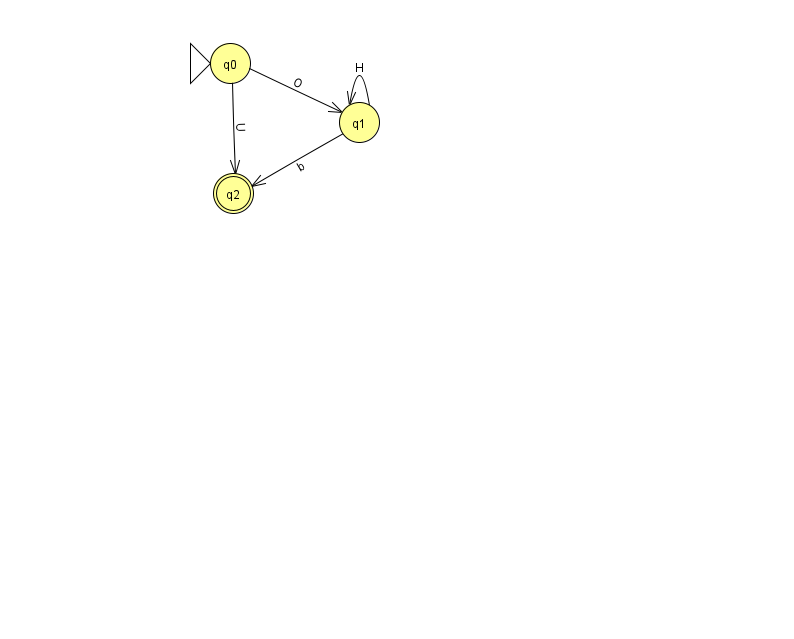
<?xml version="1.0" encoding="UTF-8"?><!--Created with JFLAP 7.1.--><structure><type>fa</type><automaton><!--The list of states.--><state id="0" name="q0"><x>230.0</x><y>50.0</y><initial/></state><state id="1" name="q1"><x>359.0</x><y>109.0</y></state><state id="2" name="q2"><x>233.0</x><y>180.0</y><final/></state><!--The list of transitions.--><transition><from>0</from><to>2</to><read>U</read></transition><transition><from>0</from><to>1</to><read>O</read></transition><transition><from>1</from><to>1</to><read>H</read></transition><transition><from>1</from><to>2</to><read>b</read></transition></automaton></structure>